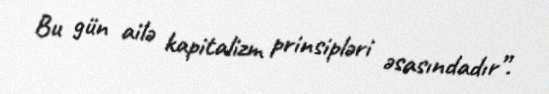
Bu gün ailə kapitalizm prinsipləri əsasındadır”.